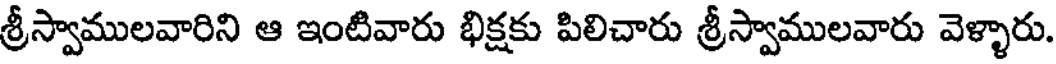
శ్రీస్వాములవారిని ఆ ఇంటివారు భిక్షకు పిలిచారు శ్రీస్వాములవారు వెళ్ళారు.